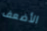
الأضعف